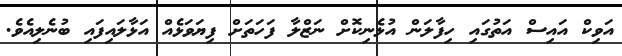
އަވިކް އައިސް އަތުގައި ހިފާލަން އުޅެނިކޮށް ނަޒްލާ ފަހަތަށް ފިޔަވަޅެއް އަޅާލައިފައި ބުނެލިއެވެ.